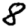
Digit: 8